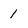
Character: 1